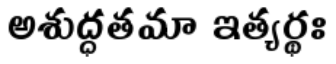
అశుద్ధతమా ఇత్యర్థః